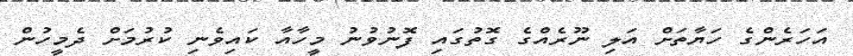
އަހަރެންގެ ހަޔާތަށް އަލި ނޫރެއްގެ ގޮތުގައި ފޮނުވުނު މީހާއާ ކައިވެނި ކުރުމަށް ދެމީހުން